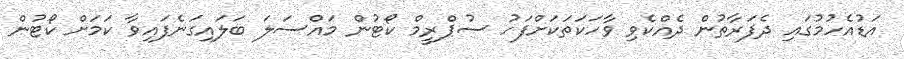
އަޑުއެހުމުގައި ދެފަރާތުން ދެއްކެވި ވާހަކަތަކަށްފަހު ސުޕްރީމް ކޯޓުން މައްސަލަ ބަލައިގަނެފައިވާ ކަމަށް ކޯޓުން